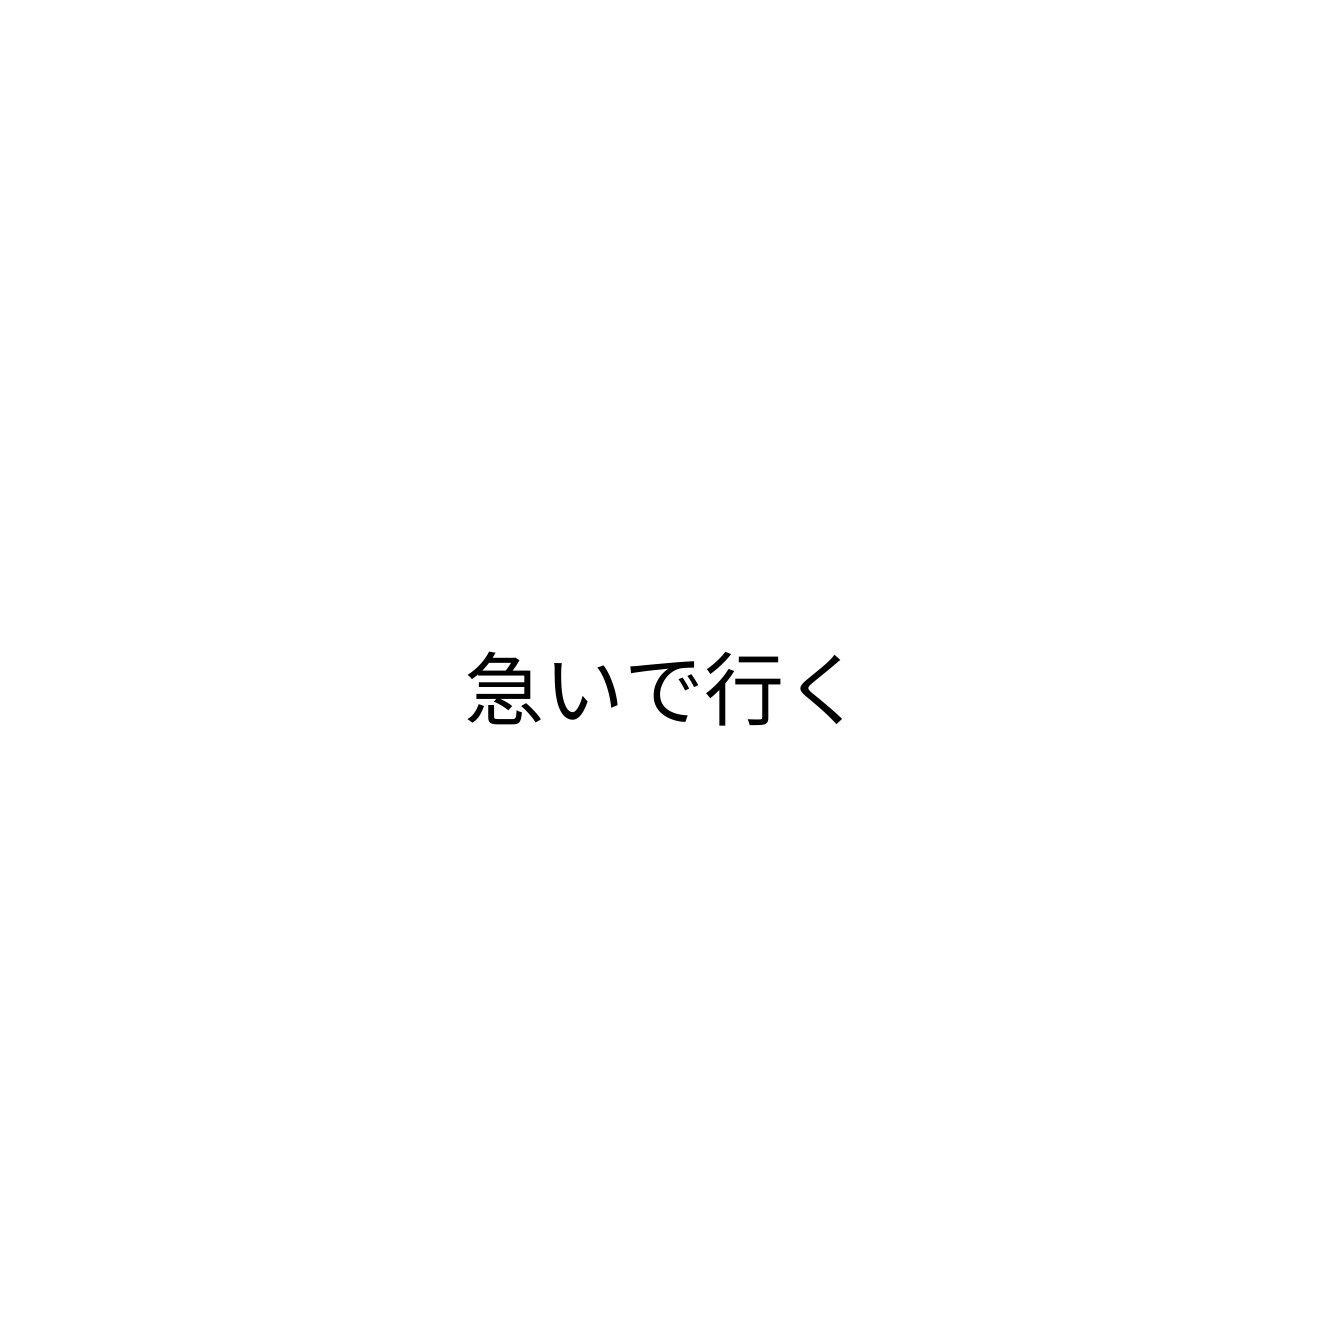
急いで行く